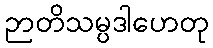
ဉာတိသမ္ပဒါဟေတု